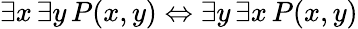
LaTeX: \exists x\, \exists y\, P(x,y)\Leftrightarrow\exists y\, \exists x\, P(x,y)